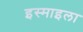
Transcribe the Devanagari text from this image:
इस्माइला